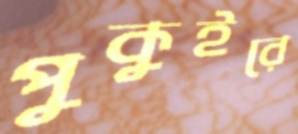
পুকুইরে